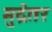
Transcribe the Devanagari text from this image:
मुद्रेतर